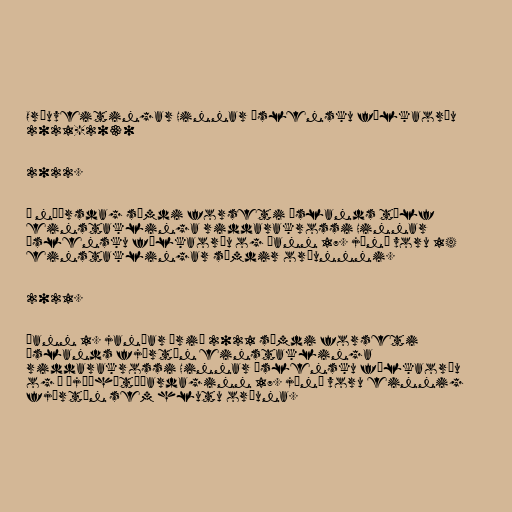
Orðuveitingar Hinnar íslensku fálkaorðu
2021-2030

2022.

Á nýársdag sæmdi forseti Íslands tólf
einstaklinga riddarakrossi Hinnar
íslensku fálkaorðu og þann 17. júní voru 14
einstaklingar sæmdir orðunnni.

2021.

Þann 1. janúar árið 2021 sæmdi forseti
Íslands fjórtán einstaklinga
riddarakrossi Hinnar íslensku fálkaorðu
og á þjóðhátíðardaginn 17. júní voru einnig
fjórtán sem hlutu orðuna.